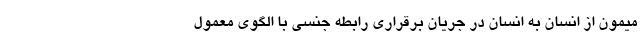
میمون از انسان به انسان در جریان برقراری رابطه جنسی با الگوی معمول